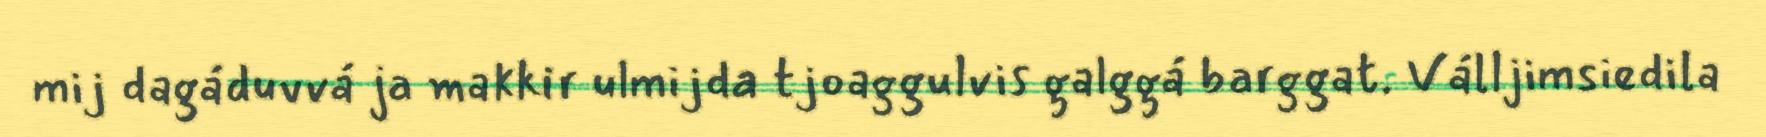
mij dagáduvvá ja makkir ulmijda tjoaggulvis galggá barggat. Válljimsiedila